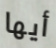
أيها